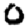
Digit: 0